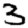
Digit: 3